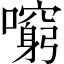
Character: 𡃕